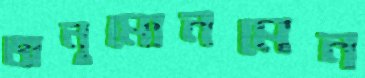
অনুমোনমেন